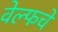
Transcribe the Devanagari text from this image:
वेल्फचे